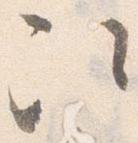
次